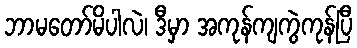
ဘာမတော်မိပါလဲ၊ ဒီမှာ အကုန်ကျကွဲကုန်ပြီ